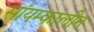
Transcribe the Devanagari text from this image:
सांयम्कालीन